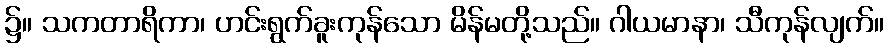
၌။ သကတာရိကာ၊ ဟင်းရွက်ခူးကုန်သော မိန်မတို့သည်။ ဂါယမာနာ၊ သီကုန်လျက်။